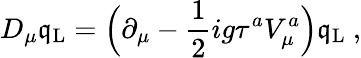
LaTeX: D_{\mu}\mathfrak{q}_{\mathrm{{L}}}=\Bigl(\partial_{\mu}-\frac{{1}}{{2}}ig\tau^{a}V_{\mu}^{a}\Bigr)\mathfrak{q}_{\mathrm{{L}}}\ ,